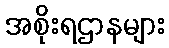
အစိုးရဌာနများ